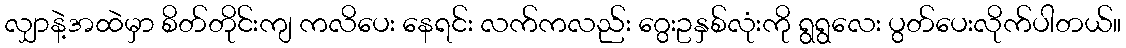
လျှာနဲ့အထဲမှာ စိတ်တိုင်းကျ ကလိပေး နေရင်း လက်ကလည်း ဂွေးဥနှစ်လုံးကို ရွရွလေး ပွတ်ပေးလိုက်ပါတယ်။